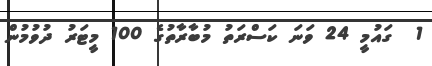
1  ގައުމީ 24 ވަނަ ކަސްރަތު މުބާރާތުގެ 100 މީޓަރު ދުވުމުން